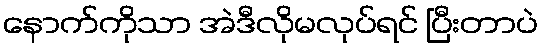
နောက်ကိုသာ အဲဒီလိုမလုပ်ရင် ပြီးတာပဲ